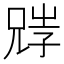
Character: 𡥺